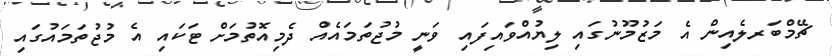
ޗޭމްބަރލެއިން އެ މަޒުމޫނުގައި ލިޔުއްވައިފައި ވަނީ މުޖުތަމައެއް ދެމިއޮތުމަށް ޓަކައި އެ މުޖުތަމައުގައި